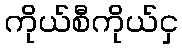
ကိုယ်စီကိုယ်ငှ